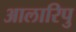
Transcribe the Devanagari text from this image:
आलारिपु